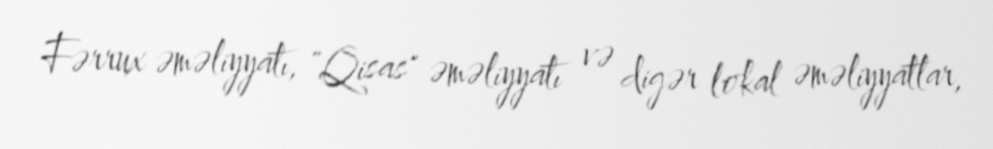
Fərrux əməliyyatı, "Qisas" əməliyyatı və digər lokal əməliyyatlar,